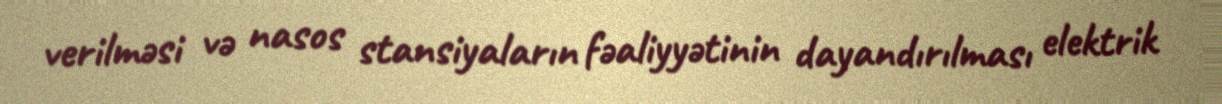
verilməsi və nasos stansiyaların fəaliyyətinin dayandırılması elektrik